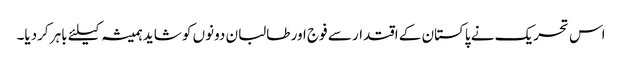
اس تحریک نے پاکستان کے اقتدار سے فوج اور طالبان دونوں کو شاید ہمیشہ کیلئے باہر کردیا۔